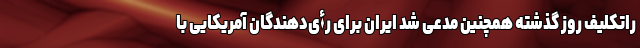
راتکلیف روز گذشته همچنین مدعی شد ایران برای رأی‌دهندگان آمریکایی با